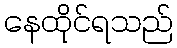
နေထိုင်ရသည်